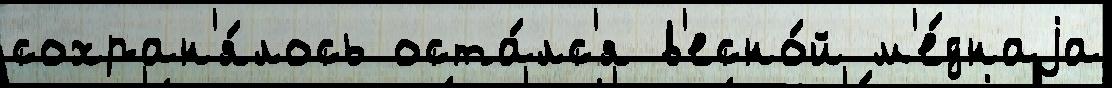
сохран'я́лось оста́лс'я в'есно́й м'е́днаjа